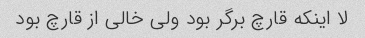
لا اینکه قارچ برگر بود ولی خالی از قارچ بود